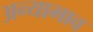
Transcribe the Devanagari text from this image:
अन्याभाव